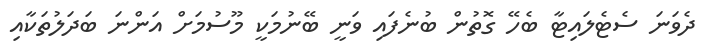
ދެވަނަ ސެޓެލައިޓާ ބެހޭ ގޮތުން ބުނެފައި ވަނީ ބޭނުމަކީ މޫސުމަށް އަންނަ ބަދަލުތަކާއި